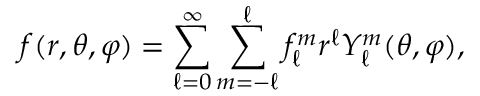
f ( r , \theta , \varphi ) = \sum _ { \ell = 0 } ^ { \infty } \sum _ { m = - \ell } ^ { \ell } f _ { \ell } ^ { m } r ^ { \ell } Y _ { \ell } ^ { m } ( \theta , \varphi ) ,